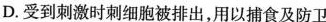
D.受到刺激时刺细胞被排出，用以捕食及防卫